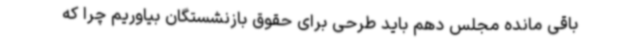
باقی مانده مجلس دهم باید طرحی برای حقوق بازنشستگان بیاوریم چرا که